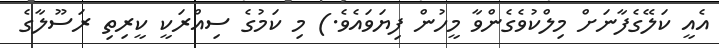
އެއީ ކަލޭގެފާނަށް މިލްކުވެގެންވާ މީހުން ފިޔަވައެވެ.) މި ކަމުގެ ސިއްރަކީ ކީރިތި ރަސޫލާގެ